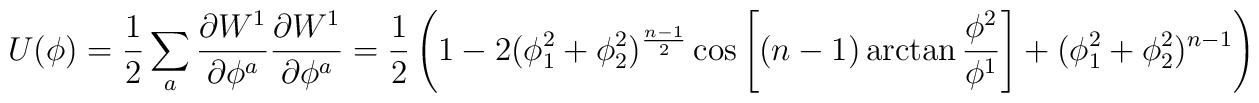
U(\phi)=\frac{1}{2} \sum_a  \frac{\partial W^1}{\partial\phi^a} \frac{\partial W^1}{\partial \phi^a} =\frac{1}{2}\left(1- 2(\phi_1^2+ \phi_2^2)^{\frac{n-1}{2}} \cos \left[ (n-1) \arctan\frac{\phi^2}{\phi^1}\right]  + (\phi_1^2 +\phi_2^2)^{n-1}\right)